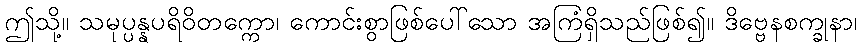
ဤသို့။ သမုပ္ပန္နပရိဝိတက္ကော၊ ကောင်းစွာဖြစ်ပေါ်သော အကြံရှိသည်ဖြစ်၍။ ဒိဗ္ဗေနစက္ခုနာ၊